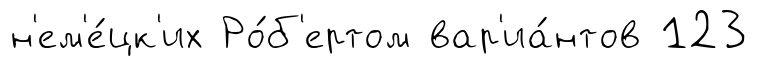
н'ем'е́цк'их Ро́б'ертом вар'иа́нтов 123